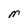
Character: M